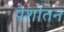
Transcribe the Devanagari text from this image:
पेशोतन